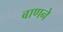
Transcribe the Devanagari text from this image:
बाणने